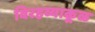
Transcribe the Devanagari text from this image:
विरहव्याकूळ